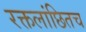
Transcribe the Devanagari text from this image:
रक्तलांछितच